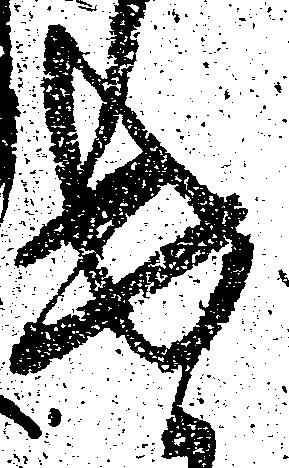
遣